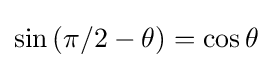
\sin \left(\pi /2-\theta \right)=\cos \theta